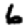
Digit: 6